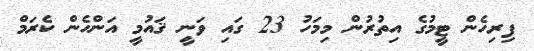
ފިރިހެން ޓީމުގެ އިތުރުން މިމަހު 23 ގައި ވަނީ ޤައުމީ އަންހެން ކެރަމް